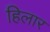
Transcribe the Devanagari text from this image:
हिलार